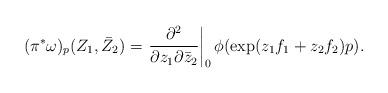
LaTeX: \begin{align*}(\pi^*\omega)_p(Z_1,\bar{Z}_2) = \left. \frac{\partial^2}{\partial z_1 \partial \bar{z}_2}\right|_0 \phi(\exp(z_1f_1+z_2f_2)p).\end{align*}